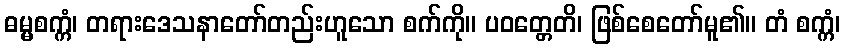
ဓမ္မစက္ကံ၊ တရားဒေသနာတော်တည်းဟူသော စက်ကို။ ပဝတ္တေတိ၊ ဖြစ်စေတော်မူ၏။ တံ စက္ကံ၊